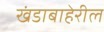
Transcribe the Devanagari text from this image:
खंडाबाहेरील